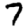
Digit: 7